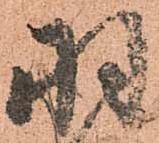
羽